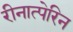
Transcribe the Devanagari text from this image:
रीनात्पेरिन